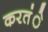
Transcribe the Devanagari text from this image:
करतंे